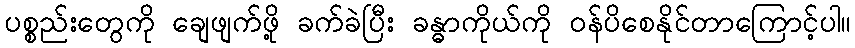
ပစ္စည်းတွေကို ချေဖျက်ဖို့ ခက်ခဲပြီး ခန္ဓာကိုယ်ကို ဝန်ပိစေနိုင်တာကြောင့်ပါ။